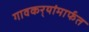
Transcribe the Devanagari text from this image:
गावकर्‍यांमार्फत